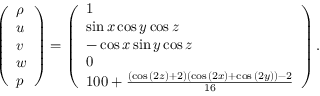
\left( \begin{array} { l } { \rho } \\ { u } \\ { v } \\ { w } \\ { p } \end{array} \right) = \left( \begin{array} { l } { 1 } \\ { \sin { x } \cos { y } \cos { z } } \\ { - \cos { x } \sin { y } \cos { z } } \\ { 0 } \\ { 1 0 0 + \frac { \left( \cos { ( 2 z ) } + 2 \right) \left( \cos { ( 2 x ) } + \cos { ( 2 y ) } \right) - 2 } { 1 6 } } \end{array} \right) .